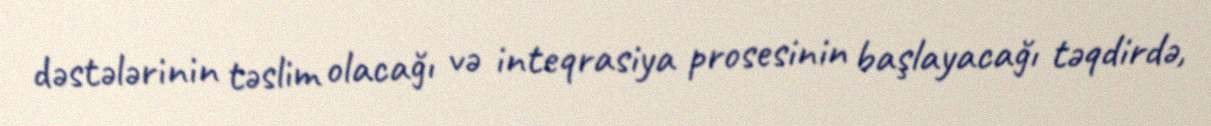
dəstələrinin təslim olacağı və inteqrasiya prosesinin başlayacağı təqdirdə,